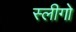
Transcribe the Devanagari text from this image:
स्लीगो